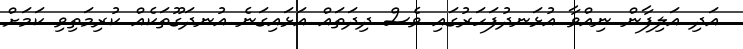
އަދި އަލިފާން ނިއްވާ އުޅަނދުފަހަރުގައި ވެސް ދިދަތައް އަޅައިގަނެ އުނދަގޫތަކެއް ކުރިމަތިވި ކަމަށް